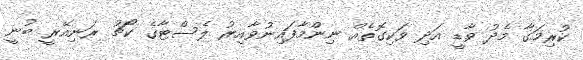
ކުރިމަގާ މެދު ވާޑީ އަދި ވަކިގޮތެއް ނިންމާފައިނުވާއިރު ލެސްޓާގެ ކޯޗު ރަނިއޭރީ ބުނީ